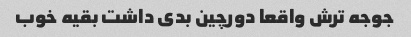
جوجه ترش واقعا دورچین بدی داشت بقیه خوب